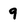
Character: 9